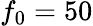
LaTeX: f_{0}=50